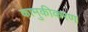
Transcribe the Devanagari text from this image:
कामुकीकरण